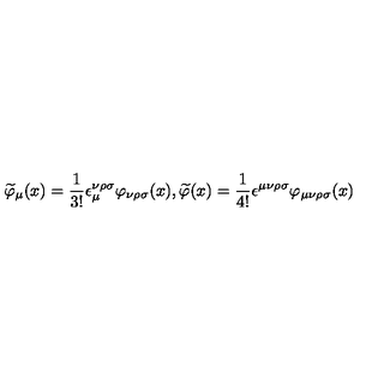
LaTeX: \widetilde { \varphi } _ { \mu } ( x ) = \frac 1 { 3 ! } \epsilon _ { \mu } ^ { \nu \rho \sigma } \varphi _ { \nu \rho \sigma } ( x ) , \widetilde { \varphi } ( x ) = \frac 1 { 4 ! } \epsilon ^ { \mu \nu \rho \sigma } \varphi _ { \mu \nu \rho \sigma } ( x )